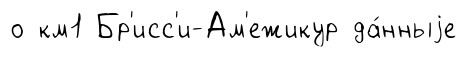
о км1 Бр'исс'и-Ам'ежикур да́нныjе